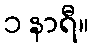
၁ နာရီ။